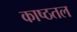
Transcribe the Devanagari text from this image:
काष्ठतल